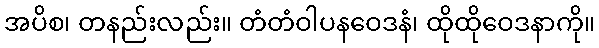
အပိစ၊ တနည်းလည်း။ တံတံဝါပနဝေဒနံ၊ ထိုထိုဝေဒနာကို။